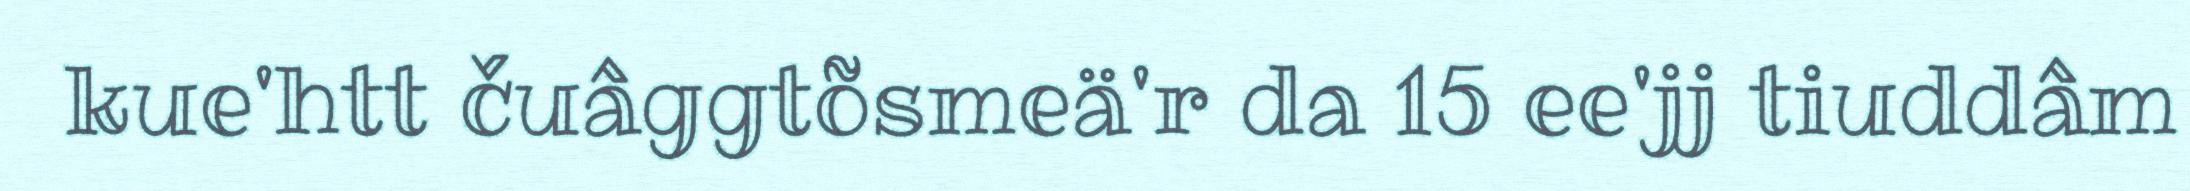
kue'htt čuâggtõsmeä'r da 15 ee'jj tiuddâm